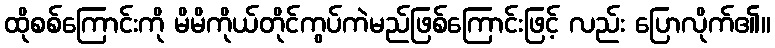
ထိုစစ်ကြောင်းကို မိမိကိုယ်တိုင်ကွပ်ကဲမည်ဖြစ်ကြောင်းဖြင့် လည်း ပြောလိုက်၏။